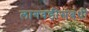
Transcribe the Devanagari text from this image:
लागवडीसंबंधी